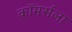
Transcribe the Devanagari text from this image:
कॉमर्सला